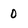
Character: 0